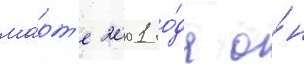
ма́рт'е 2001 го́да о́н